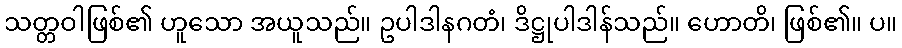
သတ္တဝါဖြစ်၏ ဟူသော အယူသည်။ ဥပါဒါနဂတံ၊ ဒိဋ္ဌုပါဒါန်သည်။ ဟောတိ၊ ဖြစ်၏။ ပ။